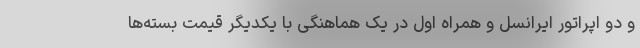
و دو اپراتور ایرانسل و همراه اول در یک هماهنگی با یکدیگر قیمت‌ بسته‌ها